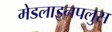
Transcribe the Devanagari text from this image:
मेडलाइनपलुस